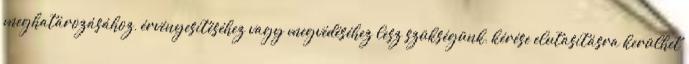
meghatározásához, érvényesítéséhez vagy megvédéséhez lesz szükségünk, kérése elutasításra kerülhet